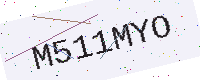
Text: M511MYO